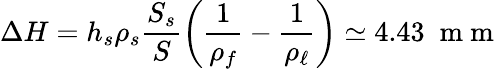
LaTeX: \Delta H=h_{s}\rho_{s}\frac{S_{s}}{S}\left(\frac 1{\rho_{f}}-\frac{1}{\rho_{\ell}}\right)\simeq 4.43\; \mathrm{~m~m~}